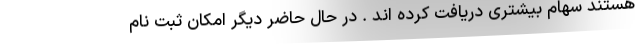
هستند سهام بیشتری دریافت کرده اند . در حال حاضر دیگر امکان ثبت نام